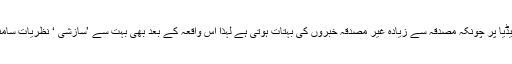
سوشل میڈیا پر چونکہ مصدقہ سے زیادہ غیر مصدقہ خبروں کی بہتات ہوتی ہے لہذا اس واقعہ کے بعد بھی بہت سے ’سازشی ‘ نظریات سامنے آئے۔